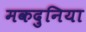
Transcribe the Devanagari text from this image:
मकदुनिया